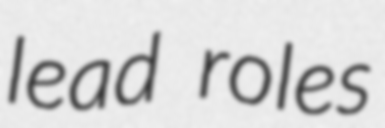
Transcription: lead roles